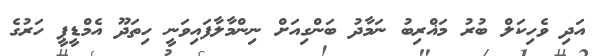
އަދި ވެހިކަލް ބުރު މަޣްރިބު ނަމާދު ބަންގިއަށް ނިންމާލާފައިވަނީ ހިތަދޫ އެމްޑީޕީ ހަރުގެ